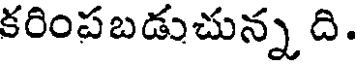
కరింపబడుచున్నది.